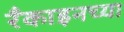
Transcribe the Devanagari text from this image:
रँकाइनच्या